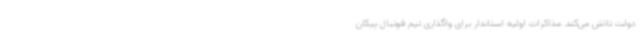
دولت تلاش می‌کند. مذاکرات اولیه استاندار برای واگذاری تیم فوتبال پیکان